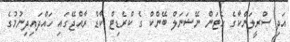
އަދި ސްރީލަންކާގެ ހެޓަން ނޭޝަނަލް ބޭންކް ގެ ކްރެޑިޓް ކާޑް ރާއްޖޭގައި ހައްދައިދިނުމުގެ